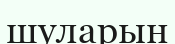
шуларын